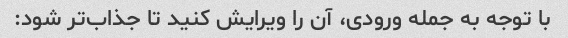
با توجه به جمله ورودی، آن را ویرایش کنید تا جذاب‌تر شود: